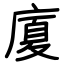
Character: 廈